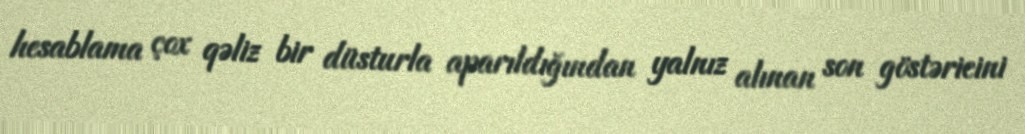
hesablama çox qəliz bir düsturla aparıldığından yalnız alınan son göstəricini